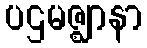
ပဌမဇ္ဈာနာ